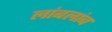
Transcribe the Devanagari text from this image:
लांबलांब